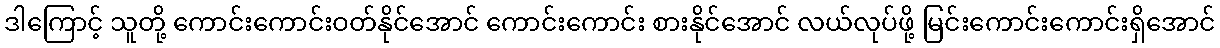
ဒါကြောင့် သူတို့ ကောင်းကောင်းဝတ်နိုင်အောင် ကောင်းကောင်း စားနိုင်အောင် လယ်လုပ်ဖို့ မြင်းကောင်းကောင်းရှိအောင်